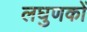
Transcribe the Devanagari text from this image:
लघुणकों